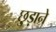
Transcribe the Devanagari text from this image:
छु़ड़ाने